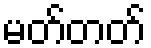
မတ်တတ်